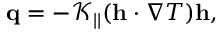
\mathbf { q } = - \mathcal { K } _ { | | } ( \mathbf { h } \cdot \nabla T ) \mathbf { h } ,